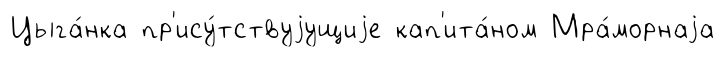
Цыга́нка пр'ису́тствуjущиjе кап'ита́ном Мра́морнаjа